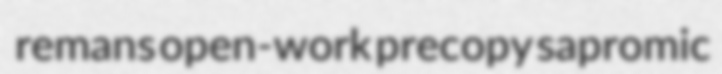
remans open-work precopy sapromic